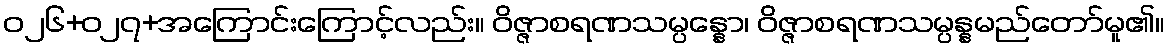
ဝ၂၆+၀၂၇+အကြောင်းကြောင့်လည်း။ ဝိဇ္ဇာစရဏသမ္ပန္နော၊ ဝိဇ္ဇာစရဏသမ္ပန္နမည်တော်မူ၏။